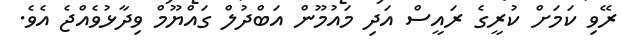
ރޭވި ކަމަށް ކުރީގެ ރައީސް އަދި މައުމޫން އަބްދުލް ގައްޔޫމް ވިދާޅުވެއްޖެ އެވެ.